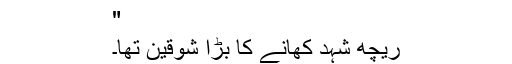
"
ریچھ شہد کھانے کا بڑا شوقین تھا۔